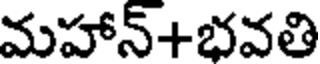
మహాన్+భవతి